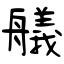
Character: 艤